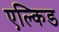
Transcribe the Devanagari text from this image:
एल्किड